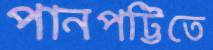
পানপট্টিতে